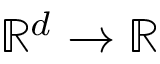
\mathbb { R } ^ { d } \rightarrow \mathbb { R }